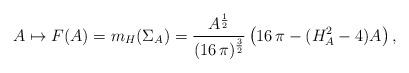
LaTeX: \begin{align*}A \mapsto F(A) = m_{H} (\Sigma_A) = \frac{A^{\frac{1}{2}}}{(16 \, \pi)^{\frac{3}{2}}} \left( 16 \, \pi - (H_A^2 - 4) A\right),\end{align*}